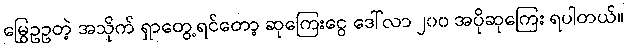
မြွေဥဥတဲ့ အသိုက် ရှာတွေ့ရင်တော့ ဆုကြေးငွေ ဒေါ်လာ ၂၀၀ အပိုဆုကြေး ရပါတယ်။